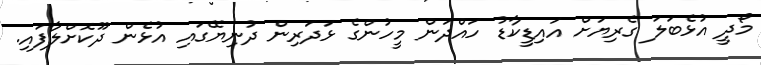
މޯދީ އުޅެބަލަ ގެރިޔަށް އައިޑީކާޑު ހައްދަން މީހުންގެ ޅަދަރިން ދުނިޔޭގައި އުޅެން ދޫކޮށްލާފައި.